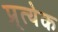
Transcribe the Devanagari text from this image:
प्र्त्येक